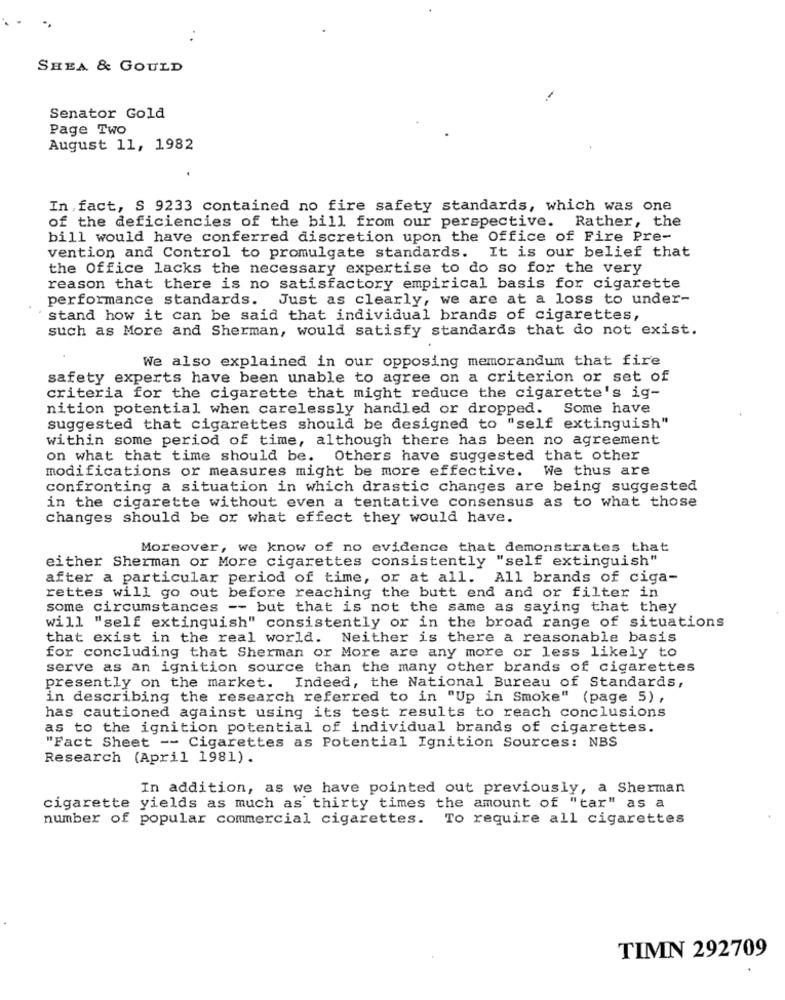
..
SHEA & GOULD
Senator Gold
Page Two
August 11, 1982
In fact, S 9233 contained no fire safety standards, which was one
of the deficiencies of the bill from our perspective. Rather, the
bill would have conferred discretion upon the Office of Fire Pre-
vention and Control to promulgate standards. It is our belief that
the Office lacks the necessary expertise to do so for the very
reason that there is no satisfactory empirical basis for cigarette
performance standards. Just as clearly, we are at a loss to under-
stand how it can be said that individual brands of cigarettes,
such as More and Sherman, would satisfy standards that do not exist.
We also explained in our opposing memorandum that fire
safety experts have been unable to agree on a criterion or set of
criteria for the cigarette that might reduce the cigarette's ig-
nition potential when carelessly handled or dropped. Some have
suggested that cigarettes should be designed to "self extinguish"
within some period of time, although there has been no agreement
on what that time should be. Others have suggested that other
modifications or measures might be more effective. We thus are
confronting a situation in which drastic changes are being suggested
in the cigarette without even a tentative consensus as to what those
changes should be or what effect they would have.
Moreover, we know of no evidence that demonstrates that
either Sherman or More cigarettes consistently "self extinguish"
after a particular period of time, or at all. All brands of ciga-
rettes will go out before reaching the butt end and or filter in
some circumstances -- but that is not the same as saying that they
will "self extinguish" consistently or in the broad range of situations
that exist in the real world. Neither is there a reasonable basis
for concluding that Sherman or More are any more or less likely to
serve as an ignition source than the many other brands of cigarettes
presently on the market. Indeed, the National Bureau of Standards,
in describing the research referred to in "Up in Smoke" (page 5) ,
has cautioned against using its test results to reach conclusions
as to the ignition potential of individual brands of cigarettes.
"Fact Sheet -- Cigarettes as Potential Ignition Sources: NBS
Research (April 1981).
In addition, as we have pointed out previously, a Sherman
cigarette yields as much as thirty times the amount of "tar" as a
number of popular commercial cigarettes.
To require all cigarettes
TIMN 292709